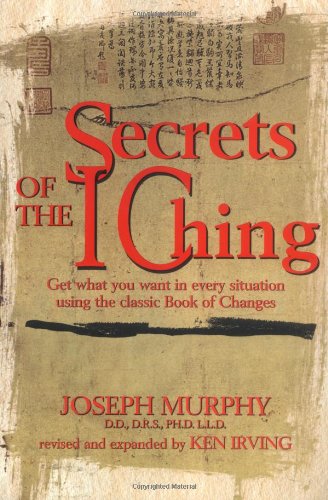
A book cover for Secrets Of The I - Ching; Joseph Murphy Ph.D.  D.D.; Religion & Spirituality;